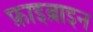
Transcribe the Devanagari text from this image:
फ़ाइब्राइन